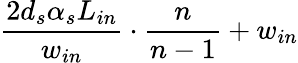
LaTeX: \frac{2d_{s}\alpha_{s}L_{in}}{w_{in}}\cdot\frac{n}{n-1}+w_{in}